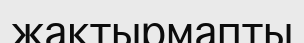
жақтырмапты